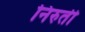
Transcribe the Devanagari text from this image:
निरुती